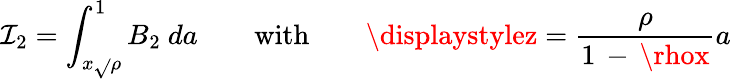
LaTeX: \mathcal{I}_{2}=\int_{x\sqrt{}{{\rho}}}^{1}B_{2}\ da\qquad\mathrm{{with}}\qquad{\displaystylez={\frac{{\rho}}{{1\, -\, \rhox}}}a}